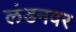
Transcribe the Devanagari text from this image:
लंडनवर